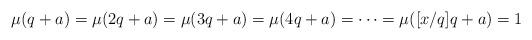
LaTeX: \begin{align*}\mu(q+a)=\mu(2q+a)=\mu(3q+a)=\mu(4q+a)=\cdots=\mu([x/q]q+a)=1\end{align*}